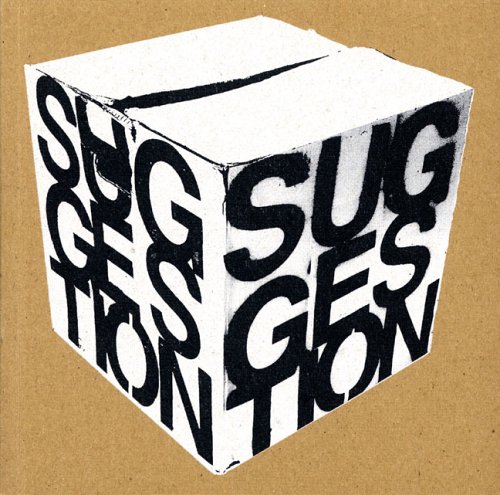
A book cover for Suggestion; Illegal Art; Arts & Photography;